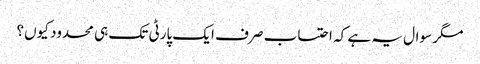
مگر سوال یہ ہے کہ احتساب صرف ایک پارٹی تک ہی محدود کیوں؟